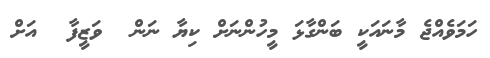
ހަމަވެއްޖެ މާނައަކީ ބަންގާޅަ މީހުންނަށް ކިޔާ ނަން  ވަޒީފާ  އަށް